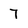
Character: 7